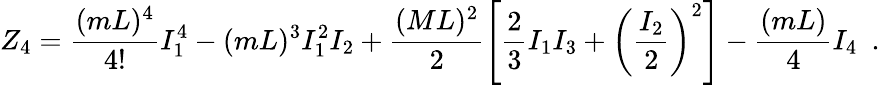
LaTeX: Z_{4}=\frac{(mL)^{4}}{4!}I_{1}^{4}-(mL)^{3}I_{1}^{2}I_{2}+\frac{(ML)^{2}}{2}\left[\frac{2}{3}I_{1}I_{3}+\left(\frac{I_{2}}{2}\right)^{2}\right]-\frac{(mL)}{4}I_{4}\, \, \, .